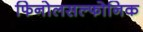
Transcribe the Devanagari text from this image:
फिनोलसल्फोनिक